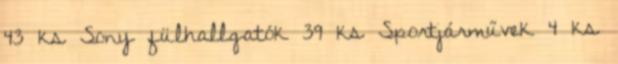
43 ks Sony fülhallgatók 39 ks Sportjárművek 4 ks